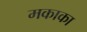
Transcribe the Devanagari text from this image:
मकाका